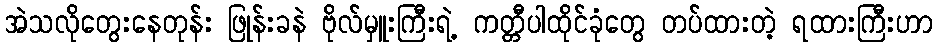
အဲသလိုတွေးနေတုန်း ဖြုန်းခနဲ ဗိုလ်မှူးကြီးရဲ့ ကတ္တီပါထိုင်ခုံတွေ တပ်ထားတဲ့ ရထားကြီးဟာ